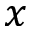
x